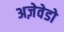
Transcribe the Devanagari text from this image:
अज़ेवेडो